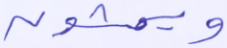
ويمشون